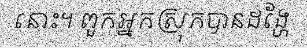
នោះ។ ពួកអ្នកស្រុកបានដង្ហែ